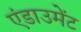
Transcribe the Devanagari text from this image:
एंडाउमेंट